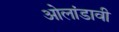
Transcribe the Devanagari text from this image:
ओलांडावी